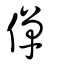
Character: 僤